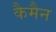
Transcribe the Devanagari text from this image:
कैमैन